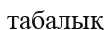
табалық